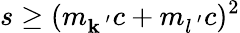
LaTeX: s\ge(m_{\mathbf{k}^{\, ^{\prime}}}c+m_{l^{\, ^{\prime}}}c)^{2}